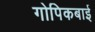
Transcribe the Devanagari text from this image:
गोपिकबाई